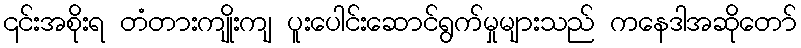
၎င်းအစိုးရ တံတားကျိုးကျ ပူးပေါင်းဆောင်ရွက်မှုများသည် ကနေဒါအဆိုတော်